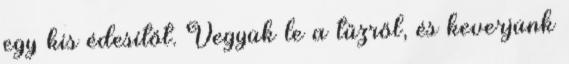
egy kis édesítőt. Vegyük le a tűzről, és keverjünk